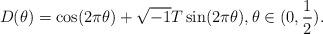
LaTeX: \begin{align*}D(\theta)=\cos(2\pi\theta)+\sqrt{-1}T\sin(2\pi\theta),\theta\in (0,\frac{1}{2}).\end{align*}